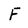
Character: F